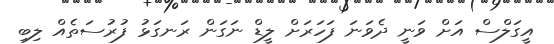
އީގަލްސް އަށް ވަނީ ދެވަނަ ފަހަރަށް ލީޑް ނަގަން ރަނގަޅު ފުރުސަތެއް ލިބި